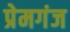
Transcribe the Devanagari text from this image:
प्रेमगंज